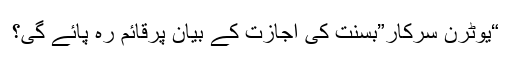
“یوٹرن سرکار”بسنت کی اجازت کے بیان پرقائم رہ پائے گی؟